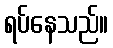
ရပ်နေသည်။